Madras plague regulations in force outside the Presidency town - Volume 1
Disease focus: Plague
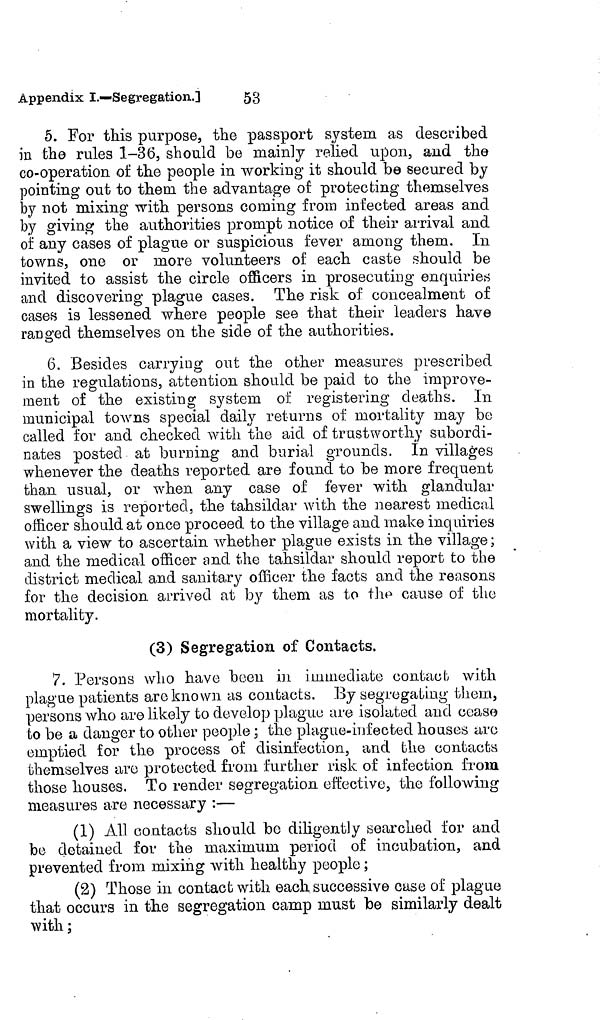
Appendix I.—Segregation.]
53
5. For this purpose, the passport system as described
in the rules 1-36, should be mainly relied upon, and the
co-operation of the people in working it should be secured by
pointing out to them the advantage of protecting themselves
by not mixing with persons coining from infected areas and
by giving the authorities prompt notice of their arrival and
of any cases of plague or suspicious fever among them. In
towns, one or more volunteers of each caste should be
invited to assist the circle officers in prosecuting enquiries
and discovering plague cases. The risk of concealment of
cases is lessened where people see that their leaders have
ranged themselves on the side of the authorities.
6. Besides carrying out the other measures prescribed
in the regulations, attention should be paid to the improve-
ment of the existing system of registering deaths. In
municipal towns special daily returns of mortality may be
called for and checked with the aid of trustworthy subordi-
nates posted at burning and burial grounds. In villages
whenever the deaths reported are found to be more frequent
than usual, or when any case of fever with glandular
swellings is reported, the tahsildar with the nearest medical
officer should at once proceed to the village and make inquiries
with a view to ascertain whether plague exists in the village ;
and the medical officer and the tahsildar should report to the
district medical and sanitary officer the facts and the reasons
for the decision arrived at by them as to the cause of the
mortality.
(3) Segregation of Contacts.
7. Persons who have been in immediate contact with
plague patients arc known as contacts. By segregating them,
persons who are likely to develop plaguu are isolated and coase
to be a danger to other people ; the plague-infected houses arc
emptied for the process of disinfection, and the contacts
themselves are protected from further risk of infection from
those houses. To render segregation effective, the following
measures are necessary :—
(1) All contacts should bo diligently searched for and
be detained for the maximum period of incubation, and
prevented from mixing with healthy people ;
(2) Those in contact with each successive case of plague
that occurs in the segregation camp must be similarly dealt
with ;